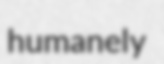
humanely